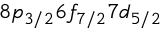
8 p _ { 3 / 2 } 6 f _ { 7 / 2 } 7 d _ { 5 / 2 }